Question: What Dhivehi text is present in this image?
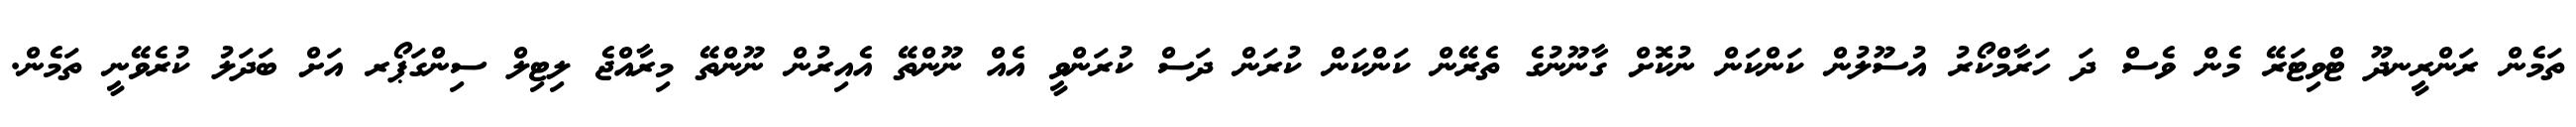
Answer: ތަމެން ރަންރީނދޫ ޓްވިޓަރޭ މެން ވެސް ދަ ހަރާމްކޯރު އުސޫލުން ކަންކަން ނުކޮށް ގާނޫނުގެ ތެރޭން ކަންކަން ކުރަން ދަސް ކުރަންވީ އެއް ނޫންތޭ އެއިރުން ނޫންތޭ މިރާއްޖެ ލިޓިލް ސިންގަޕޯރ އަށް ބަދަލު ކުރެވޭނީ ތަމެން.